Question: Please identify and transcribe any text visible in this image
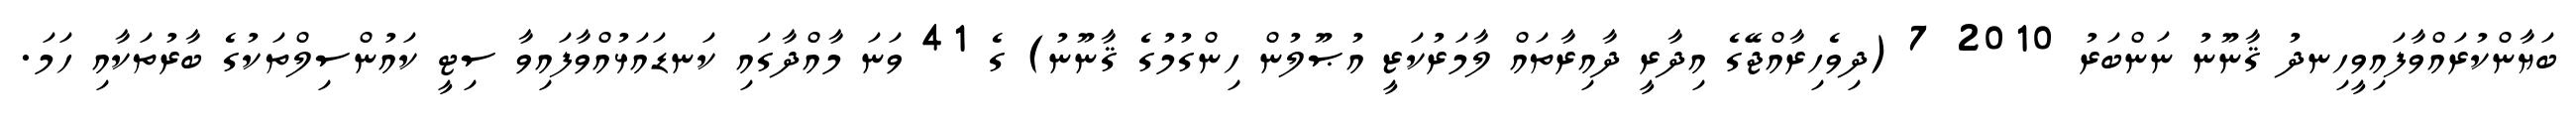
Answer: ބަޔާންކުރައްވާފައިވީހިނދު ޤާނޫނު ނަންބަރު 2010 7 (ދިވެހިރާއްޖޭގެ އިދާރީ ދާއިރާތައް ލާމަރުކަޒީ އުޞޫލުން ހިންގުމުގެ ޤާނޫނު) ގެ 41 ވަނަ މާއްދާގައި ކަނޑައަޅުއްވާފައިވާ ސިޓީ ކައުންސިލްތަކުގެ ބާރުތަކާއި ހަމަ.